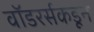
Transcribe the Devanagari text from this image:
वॉडरर्सकडून